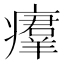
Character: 㿏